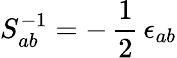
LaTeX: S_{ab}^{-1}=-\, \frac{1}{2}\, \epsilon_{ab}